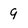
Character: 9